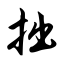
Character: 拙